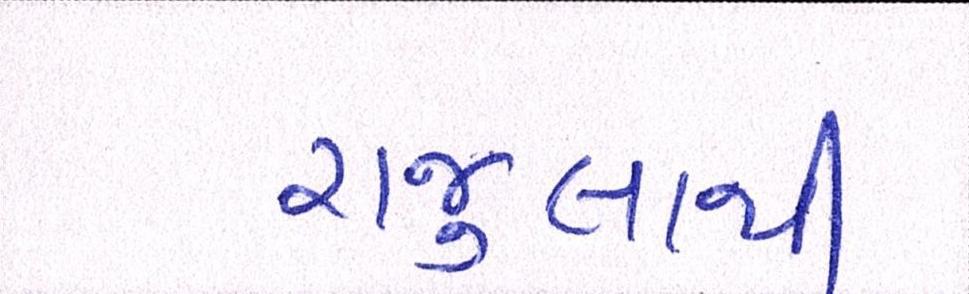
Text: રાજુલાથી